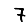
Digit: 7